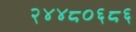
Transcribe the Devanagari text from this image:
२४४८०६८६